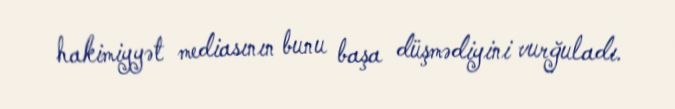
hakimiyyət mediasının bunu başa düşmədiyini vurğuladı.